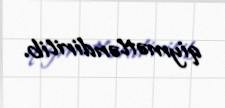
qiymətləndirilib.